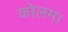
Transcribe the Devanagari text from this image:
कोलम।